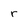
Character: r